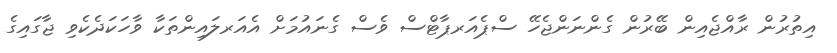
އިތުރުން ރާއްޖެއިން ބޭރުން ގެންނަންޖެހޭ ސްޕެއަރޕާޓްސް ވެސް ގެނައުމަށް އެއަރލައިންތަކާ ވާހަކަދެކެވި ޖާގައިގެ